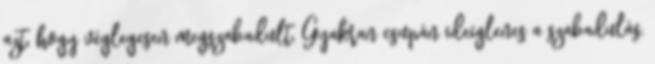
azt, hogy véglegesen megszabadult. Gyakran csupán ideiglenes a szabadulás,